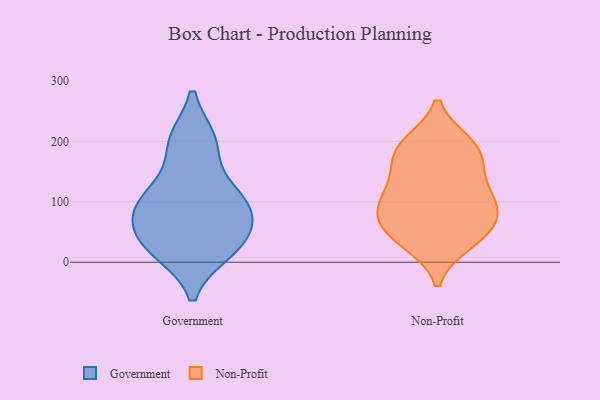
{"axis": {"x": "Humidity (%)", "y": "Value"}, "legend": ["Government", "Non-Profit"], "data": [{"x": "", "y": 114, "type": "Government"}, {"x": "", "y": 26, "type": "Government"}, {"x": "", "y": 199, "type": "Government"}, {"x": "", "y": 19, "type": "Government"}, {"x": "", "y": 200, "type": "Government"}, {"x": "", "y": 111, "type": "Government"}, {"x": "", "y": 31, "type": "Government"}, {"x": "", "y": 77, "type": "Government"}, {"x": "", "y": 63, "type": "Government"}, {"x": "", "y": 94, "type": "Government"}, {"x": "", "y": 194, "type": "Non-Profit"}, {"x": "", "y": 33, "type": "Non-Profit"}, {"x": "", "y": 68, "type": "Non-Profit"}, {"x": "", "y": 183, "type": "Non-Profit"}, {"x": "", "y": 89, "type": "Non-Profit"}, {"x": "", "y": 195, "type": "Non-Profit"}, {"x": "", "y": 78, "type": "Non-Profit"}, {"x": "", "y": 45, "type": "Non-Profit"}, {"x": "", "y": 143, "type": "Non-Profit"}, {"x": "", "y": 108, "type": "Non-Profit"}, {"x": "", "y": 174, "type": "Non-Profit"}, {"x": "", "y": 40, "type": "Non-Profit"}, {"x": "", "y": 92, "type": "Non-Profit"}, {"x": "", "y": 125, "type": "Non-Profit"}]}